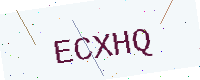
Text: ECXHQ